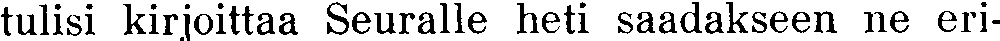
tulisi kirjoittaa Seuralle heti saadakseen ne eri-